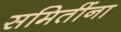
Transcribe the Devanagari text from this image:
समितींना